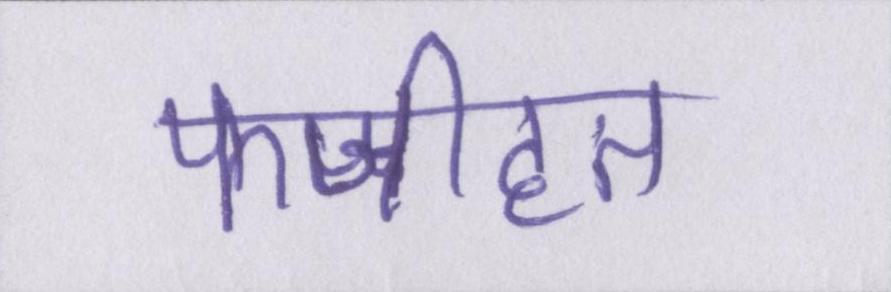
फजीहत